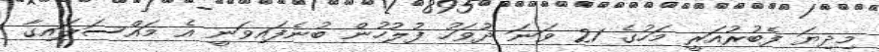
މިދިޔަ ފެބުރުއަރީ މަހުގެ 21 ވަނަ ދުވަހު ފުލުހުން ބުނެފައިވަނީ އެ މައްސަލައިގާ